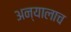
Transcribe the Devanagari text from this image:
अन्यालाच